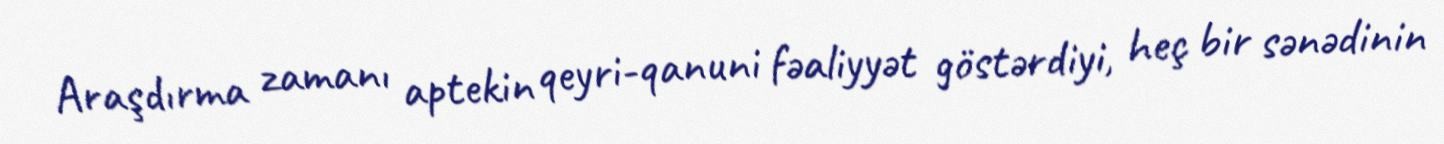
Araşdırma zamanı aptekin qeyri-qanuni fəaliyyət göstərdiyi, heç bir sənədinin